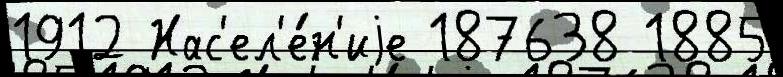
1912 Нас'ел'е́н'иjе 187638 1885